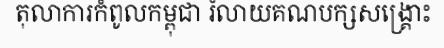
តុលាការកំពូលកម្ពុជា រំលាយគណបក្សសង្គ្រោះ